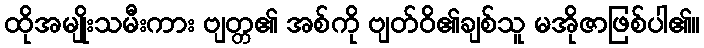
ထိုအမျိုးသမီးကား ဗျတ္တ၏ အစ်ကို ဗျတ်ဝိ၏ချစ်သူ မအိုဇာဖြစ်ပါ၏။